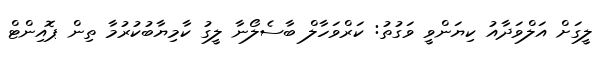
ލީގަށް އަލްވަދާއު ކިޔަންވީ ވަގުތު: ކަރްވަހާލް ބާސެލޯނާ ލީގު ކާމިޔާބުކުރުމާ ތިން ޕޮއިންޓް